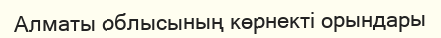
Алматы облысының көрнекті орындары